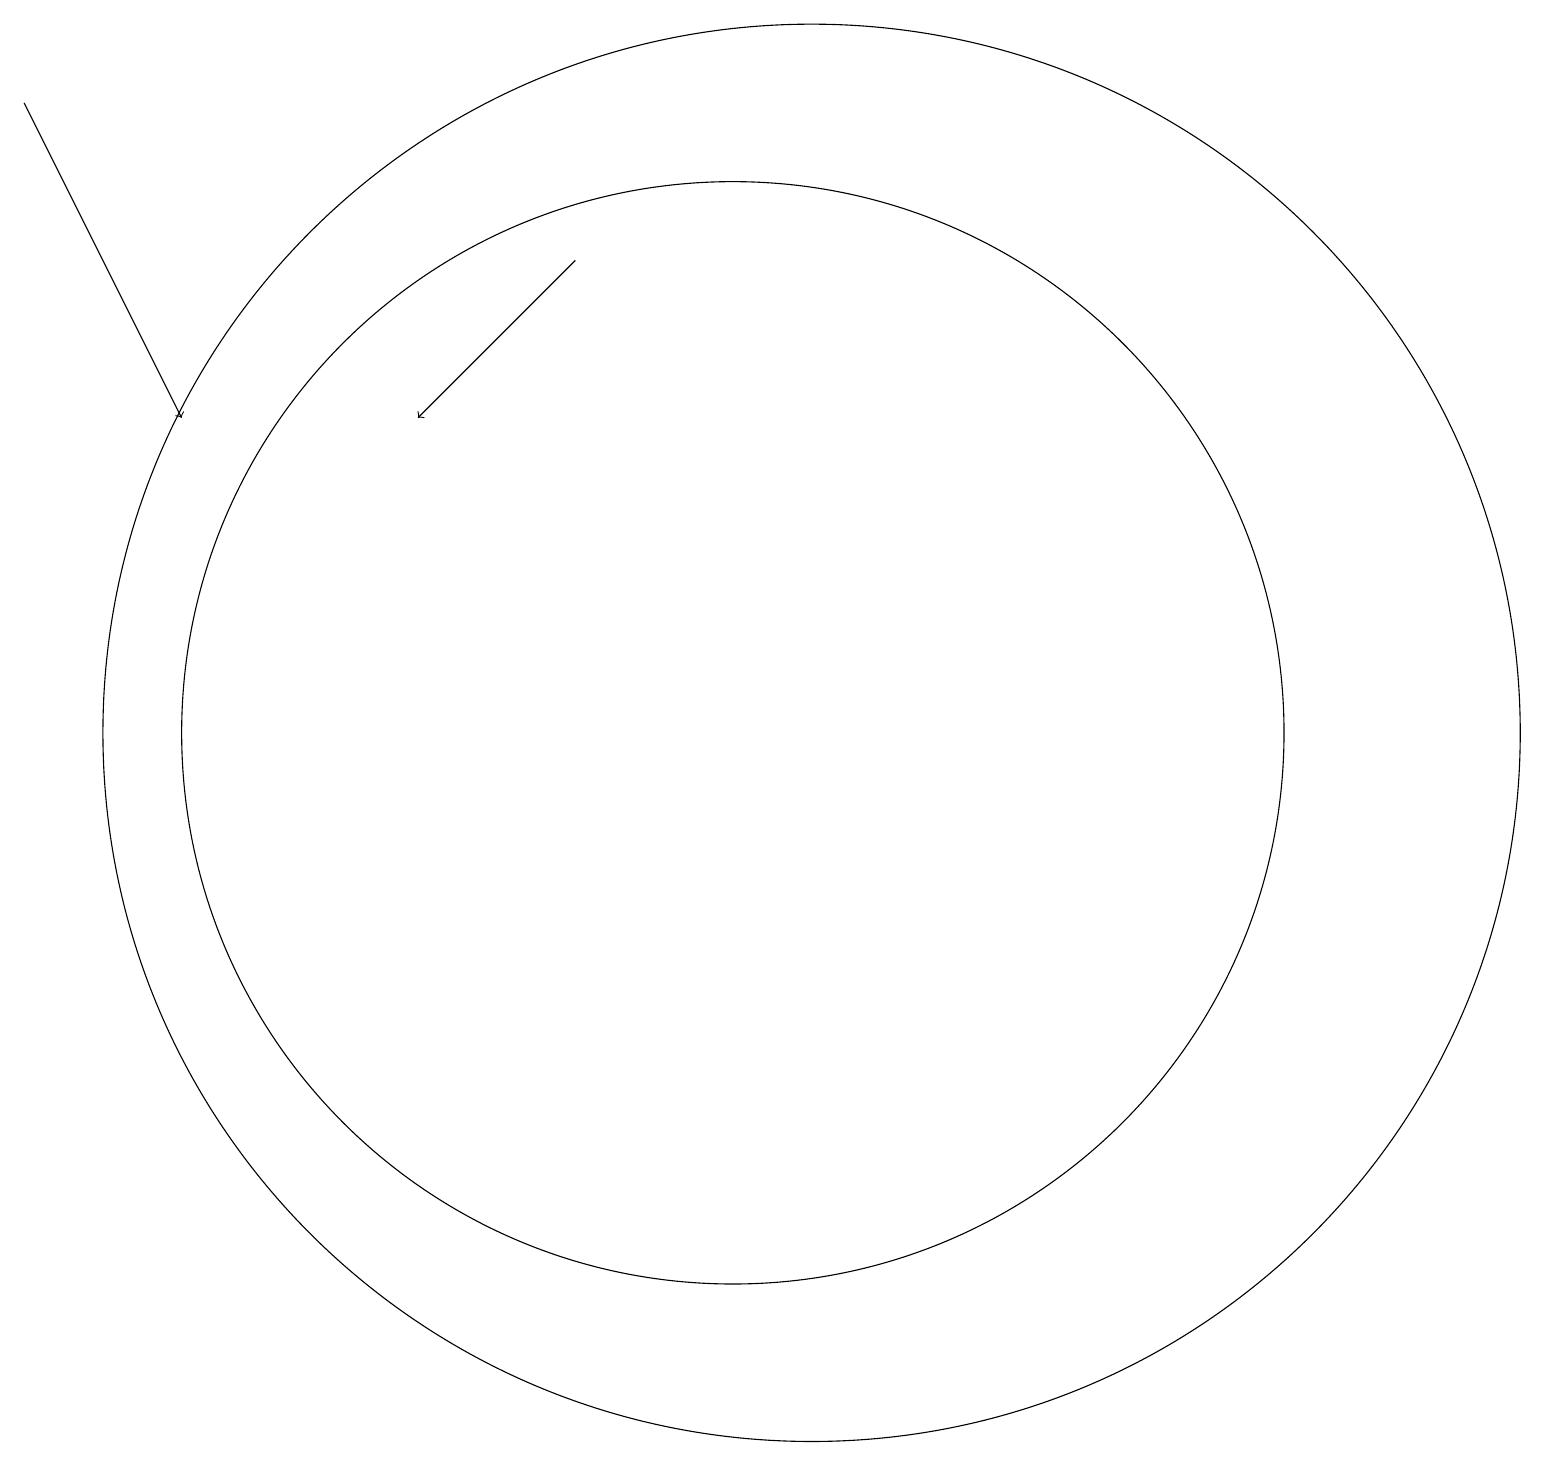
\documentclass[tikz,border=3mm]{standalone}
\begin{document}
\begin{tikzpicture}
\draw[->] (1,19) -- (3,15);
\draw (10,11) circle (7);
\draw (11,11) circle (9);
\draw[->] (8,17) -- (6,15);
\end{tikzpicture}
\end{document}